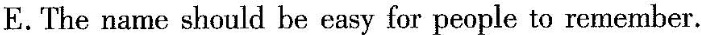
E.The name should be easy for people to remember.